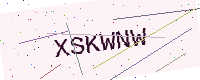
Text: XSKWNW